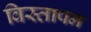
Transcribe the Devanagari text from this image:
विस्तापन